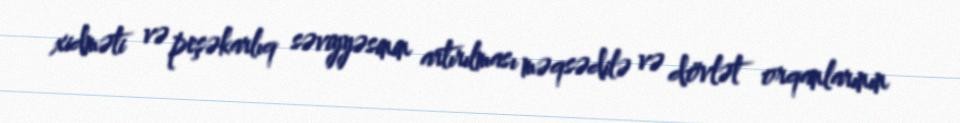
xidməti və peşəkarlıq səviyyəsinin artırılması məqsədilə və dövlət orqanlarının